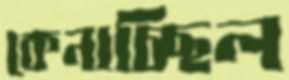
কেনাচ্ছিল